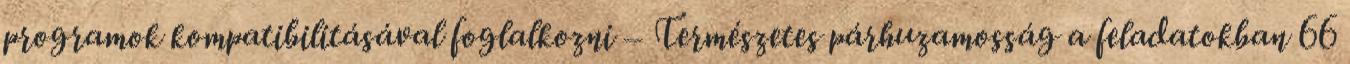
programok kompatibilitásával foglalkozni – Természetes párhuzamosság a feladatokban 66